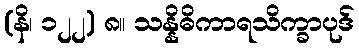
(နိ၊ ၁၂၂) ၈။ သန္နိဓိကာရသိက္ခာပုဒ်